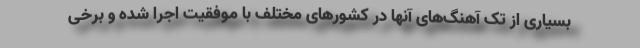
بسیاری از تک آهنگ‌های آنها در کشورهای مختلف با موفقیت اجرا شده و برخی